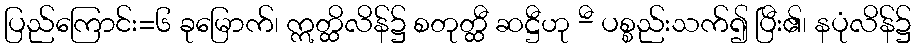
ပြည်ကြောင်း=၆ ခုမြောက်၊ ဣတ္ထိလိန်၌ စတုတ္ထီ ဆဋ္ဌီဟု -ီ ပစ္စည်းသက်၍ ပြီး၏၊ နပုံလိန်၌